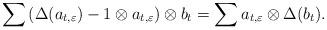
LaTeX: \begin{align*}\sum \left( \Delta(a_{t, \varepsilon} ) - 1\otimes a_{t, \varepsilon} \right) \otimes b_t = \sum a_{t, \varepsilon}\otimes \Delta(b_t). \end{align*}